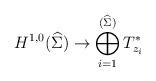
LaTeX: \begin{gather*}H^{1,0}(\widehat{\Sigma})\to \bigoplus_{i=1}^{(\widehat{\Sigma})}T^*_{z_i}\end{gather*}